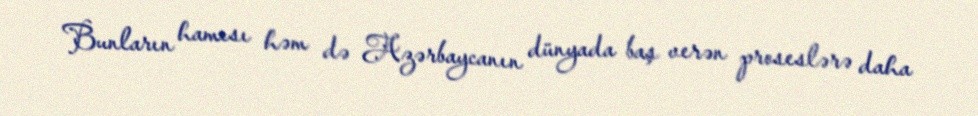
Bunların hamısı həm də Azərbaycanın dünyada baş verən proseslərə daha